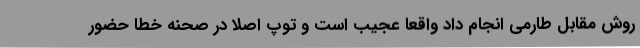
روش مقابل طارمی انجام داد واقعا عجیب است و توپ اصلا در صحنه خطا حضور